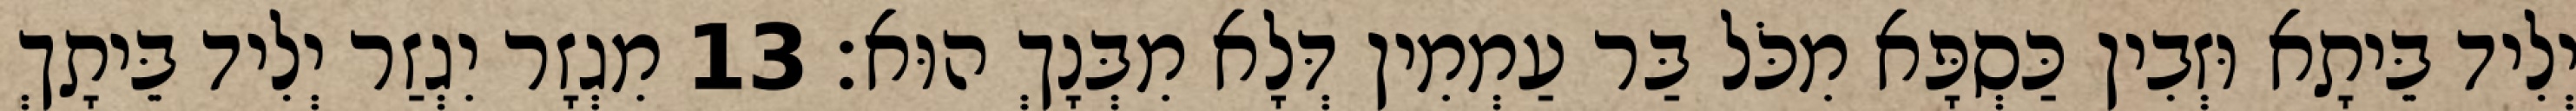
יְלִיד בֵּיתָא וּזְבִין כַּסְפָּא מִכֹּל בַּר עַמְמִין דְּלָא מִבְּנָךְ הוּא׃ 13 מִגְזָר יִגְזַר יְלִיד בֵּיתָךְ